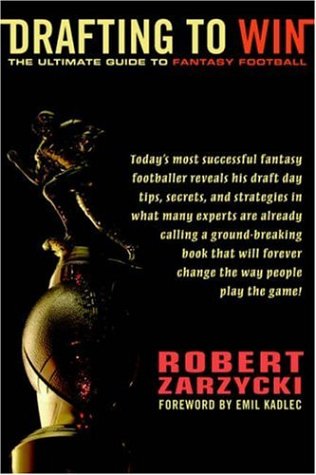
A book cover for Drafting to Win: The Ultimate Guide to Fantasy Football; Robert Zarzycki; Humor & Entertainment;